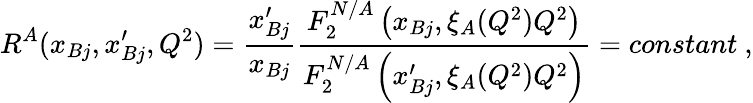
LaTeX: R^{A}(x_{Bj},x_{Bj}^{\prime},Q^{2})={\frac{x_{Bj}^{\prime}}{x_{Bj}}}{\frac{F_{2}^{N/A}\left(x_{Bj},\xi_{A}(Q^{2})Q^{2}\right)}{F_{2}^{N/A}\left(x_{Bj}^{\prime},\xi_{A}(Q^{2})Q^{2}\right)}}=constant~,